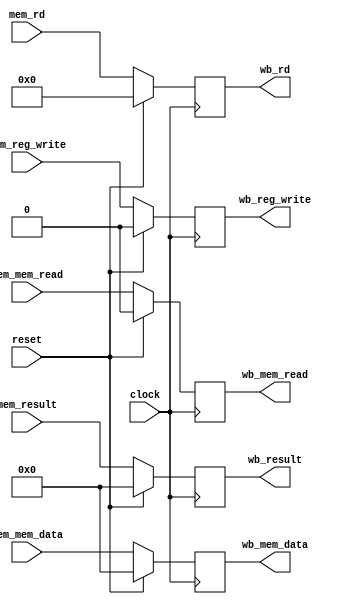
module mem_wb_pipeline_registers (
    input wire clock,
    input wire [31:0] mem_result,
    input wire [31:0] mem_mem_data,
    input wire [4:0] mem_rd,
    input wire mem_reg_write,
    input wire mem_mem_read,
    input wire reset,
    output wire [31:0] wb_result,
    output wire [31:0] wb_mem_data,
    output wire [4:0] wb_rd,
    output wire wb_reg_write,
    output wire wb_mem_read
);
  reg [31:0] result = 0;
  reg [31:0] mem_data = 0;
  reg [4:0] rd = 0;
  reg reg_write = 0;
  reg mem_read = 0;

  assign wb_result = result;
  assign wb_mem_data = mem_data;
  assign wb_rd = rd;
  assign wb_reg_write = reg_write;
  assign wb_mem_read = mem_read;

  always @(posedge clock) begin
    if (reset) begin
      result <= 0;
      mem_data <= 0;
      rd <= 0;
      reg_write <= 0;
      mem_read <= 0;
    end else begin
      result <= mem_result;
      mem_data <= mem_mem_data;
      rd <= mem_rd;
      reg_write <= mem_reg_write;
      mem_read <= mem_mem_read;
    end
  end
endmodule